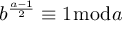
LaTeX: b ^ { \frac { a - 1 } { 2 } } \equiv 1 { \bmod { a } }